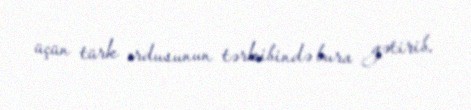
üçün türk ordusunun tərkibində bura gətirib.